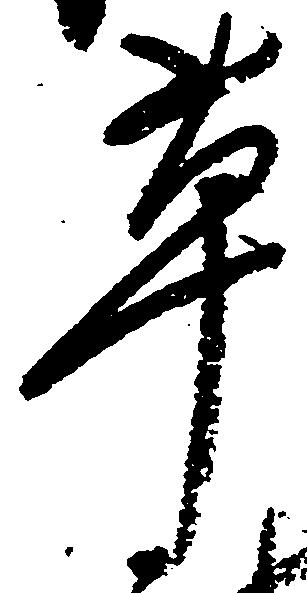
草